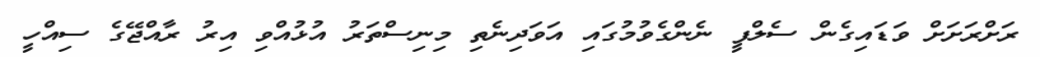
ރަށްރަށަށް ވަޑައިގެން ސެލްފީ ނެންގެވުމުގައި އަވަދިނެތި މިނިސްތަރު އުޅުއްވި އިރު ރާއްޖޭގެ ސިއްހީ